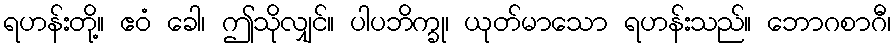
ရဟန်းတို့။ ဧဝံ ခေါ၊ ဤသိုလျှင်။ ပါပဘိက္ခု၊ ယုတ်မာသော ရဟန်းသည်။ ဘောဂစာဂီ၊